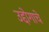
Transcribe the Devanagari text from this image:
उद्दोगाचे